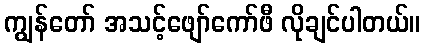
ကျွန်တော် အသင့်ဖျော်ကော်ဖီ လိုချင်ပါတယ်။